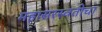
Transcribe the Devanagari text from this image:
महासरस्वतीचा